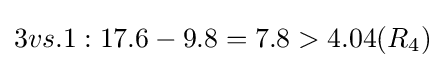
3vs.1:17.6-9.8=7.8>4.04(R_{4})